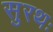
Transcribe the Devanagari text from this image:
सुरथः